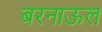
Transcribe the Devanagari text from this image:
बरनाऊल